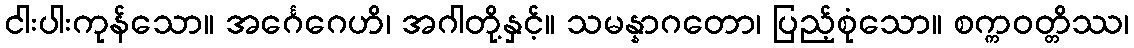
ငါးပါးကုန်သော။ အင်္ဂေဂေဟိ၊ အဂါတို့နှင့်။ သမန္နာဂတော၊ ပြည့်စုံသော။ စက္ကဝတ္တိဿ၊